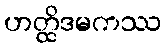
ဟတ္ထိဒမကဿ